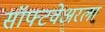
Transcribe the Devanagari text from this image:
सॉफ्टवेअरला